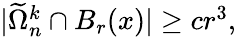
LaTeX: \begin{array}{r}{|\widetilde\Omega_{n}^{k}\cap B_{r}(x)|\geq cr^{3},}\end{array}